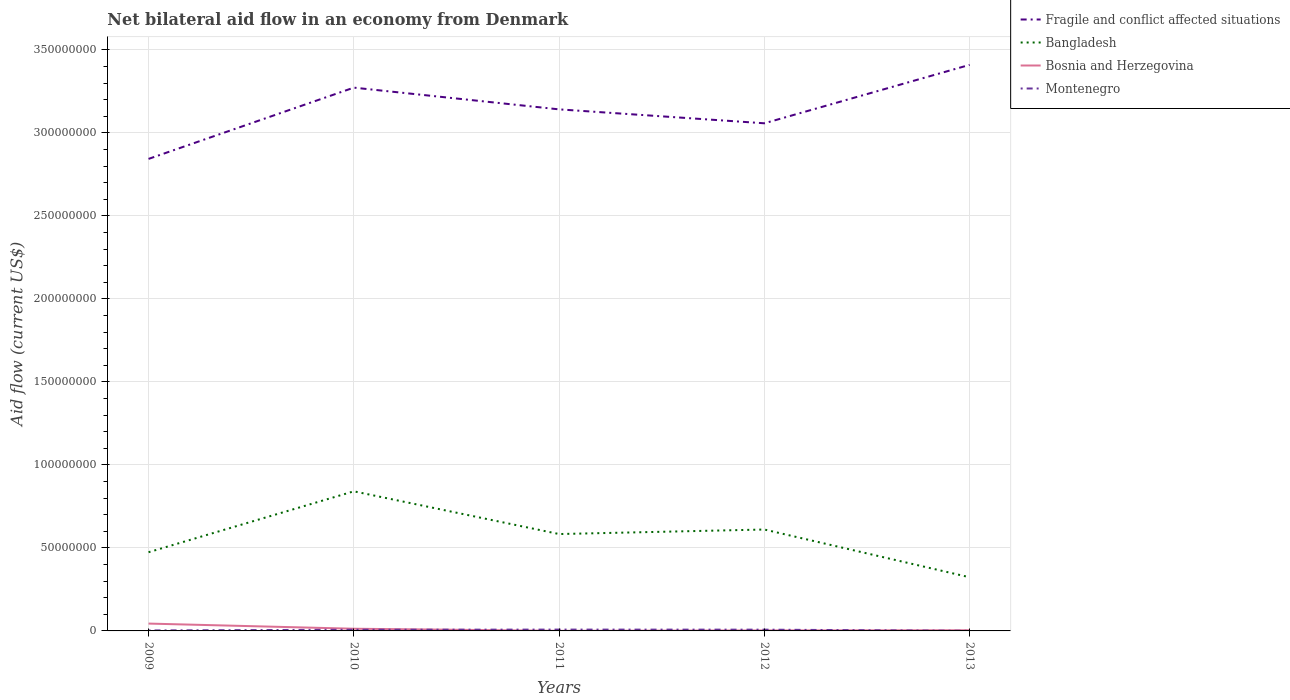
| Years | Fragile and conflict affected situations | Bangladesh | Bosnia and Herzegovina | Montenegro |
 | --- | --- | --- | --- | --- |
 | 2009 | 2.84e+08 | 4.74e+07 | 4.42e+06 | 2.9e+05 |
 | 2010 | 3.27e+08 | 8.41e+07 | 1.32e+06 | 7.1e+05 |
 | 2011 | 3.14e+08 | 5.84e+07 | 6e+04 | 8e+05 |
 | 2012 | 3.06e+08 | 6.11e+07 | 2.9e+05 | 7.6e+05 |
 | 2013 | 3.41e+08 | 3.23e+07 | 4e+05 | 5e+04 |